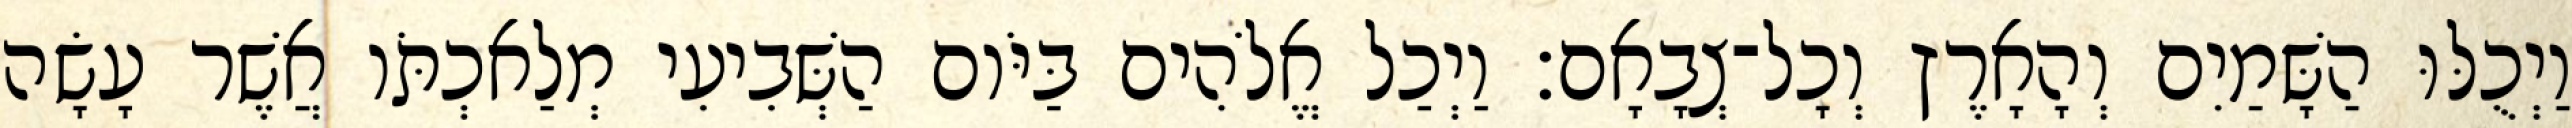
וַיְכֻלּוּ הַשָּׁמַיִם וְהָאָרֶץ וְכָל־צְבָאָם׃ וַיְכַל אֱלֹהִים בַּיֹּום הַשְּׁבִיעִי מְלַאכְתֹּו אֲשֶׁר עָשָׂה